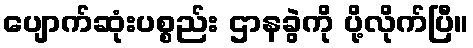
ပျောက်ဆုံးပစ္စည်း ဌာနခွဲကို ပို့လိုက်ပြီ။